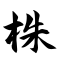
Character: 株